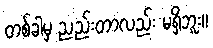
တစ်ခါမှ ညည်းတာလည်း မရှိဘူး။